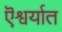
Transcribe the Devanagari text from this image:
ऎश्वर्यात